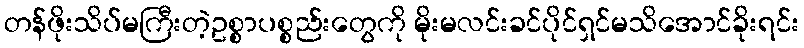
တန်ဖိုးသိပ်မကြီးတဲ့ဥစ္စာပစ္စည်းတွေကို မိုးမလင်းခင်ပိုင်ရှင်မသိအောင်ခိုးရင်း